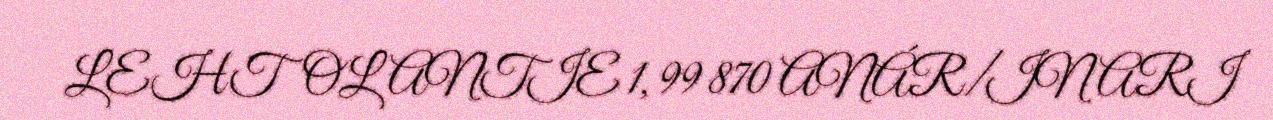
LEHTOLANTIE 1, 99 870 ANÁR/INARI